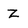
Character: Z